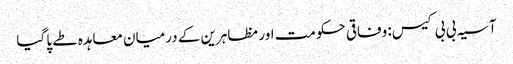
آسیہ بی بی کیس: وفاقی حکومت اور مظاہرین کے درمیان معاہدہ طے پا گیا